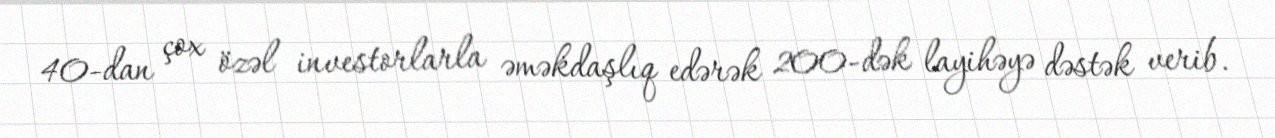
40-dan çox özəl investorlarla əməkdaşlıq edərək 200-dək layihəyə dəstək verib.